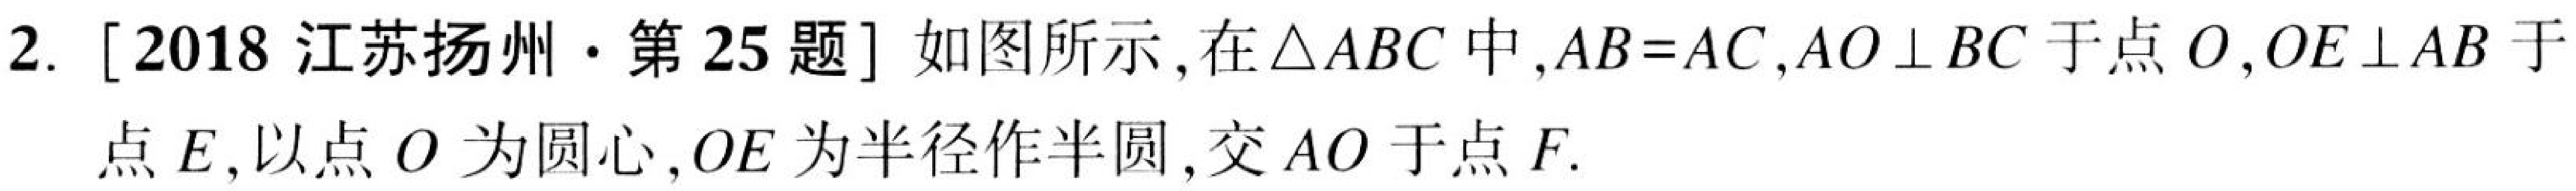
2. [2018江苏扬州·第25题] 如图所示，在\(\triangle ABC\)中，\(AB = AC\)，\(AO\perp BC\)于点\(O\)，\(OE\perp AB\)于点\(E\)，以点\(O\)为圆心，\(OE\)为半径作半圆，交\(AO\)于点\(F\).